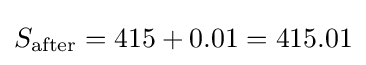
S_{\text{after}}={\text{415}}+0.01=415.01